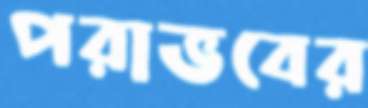
পরাভবের